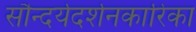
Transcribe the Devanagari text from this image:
सौन्दर्यदर्शनकारिका